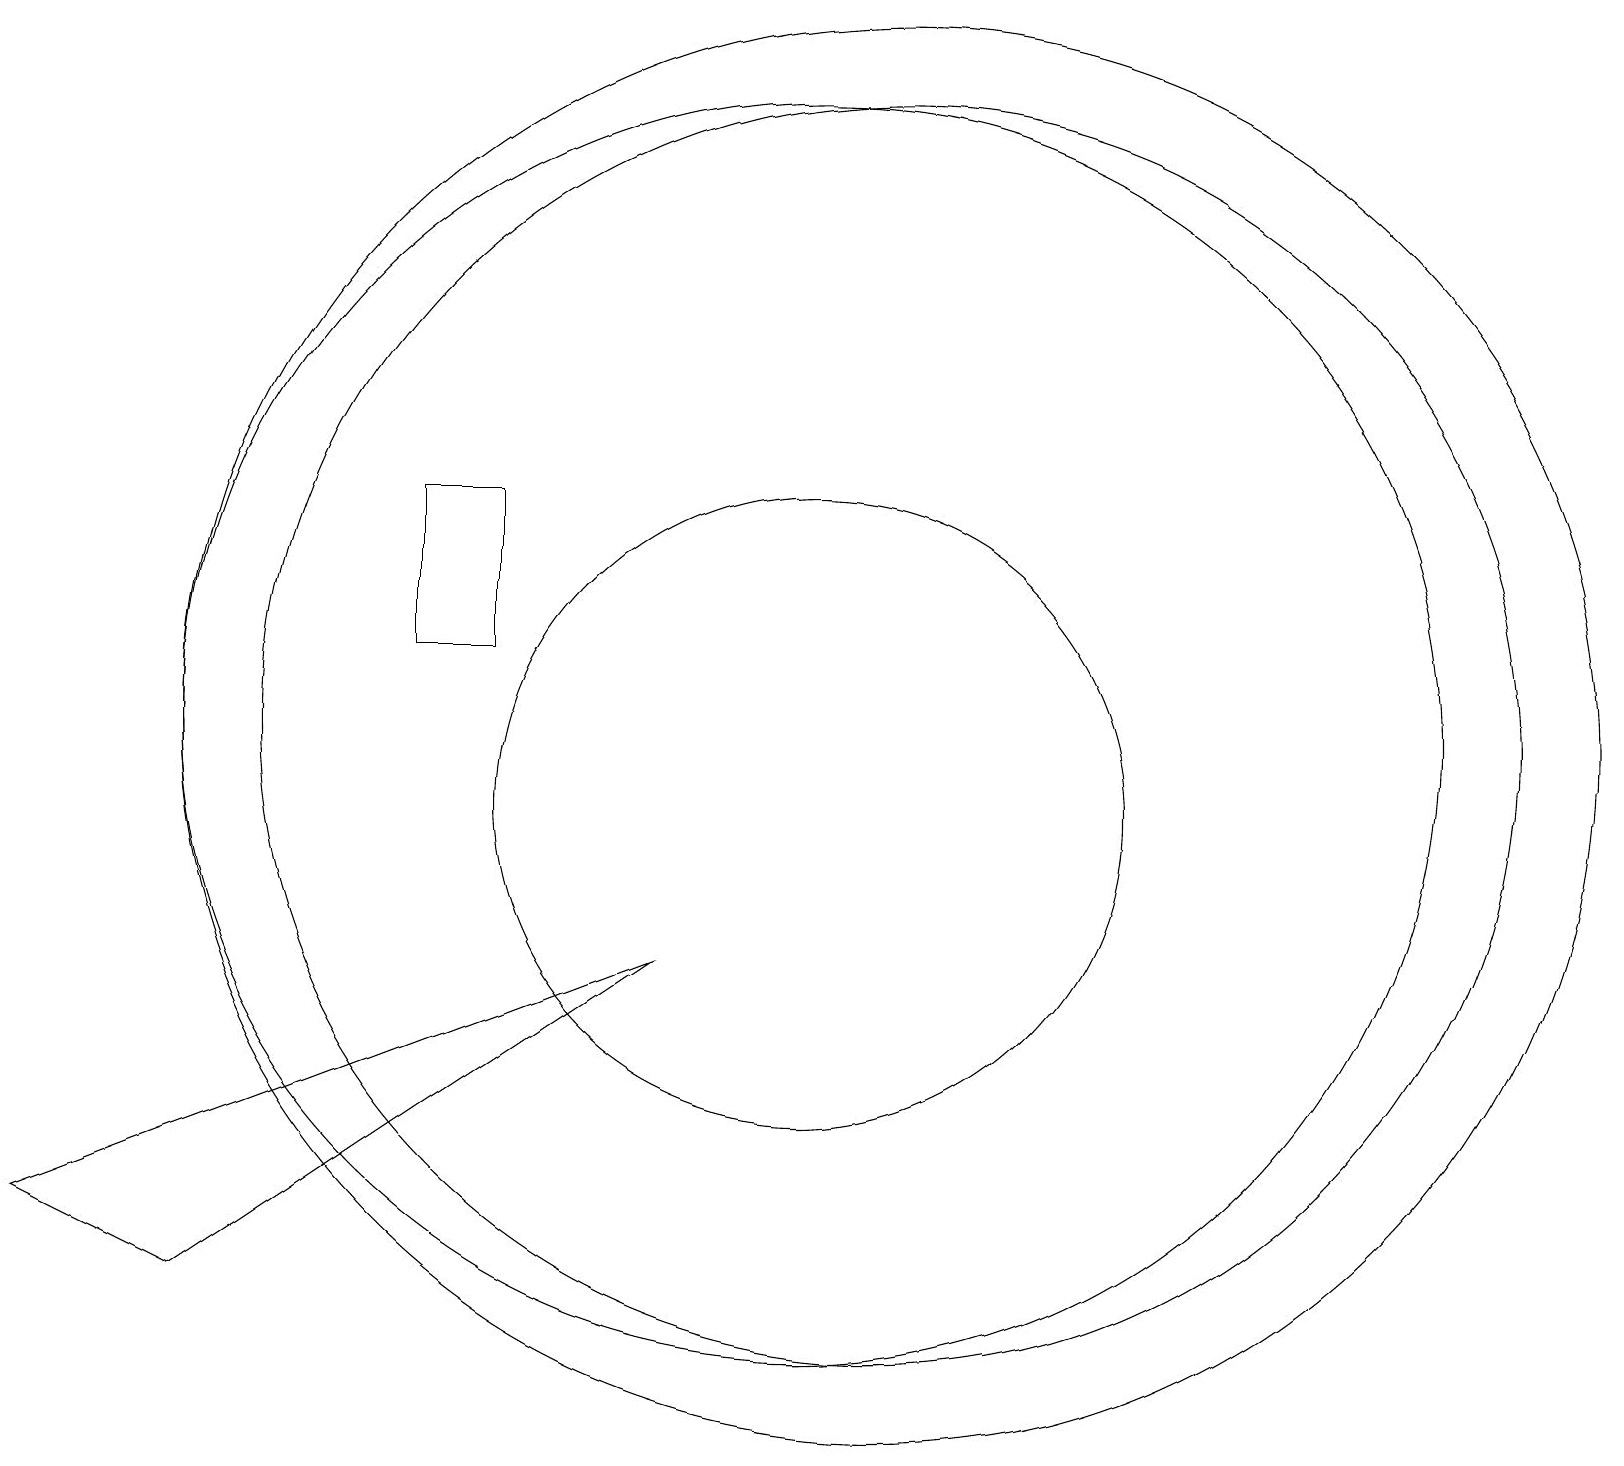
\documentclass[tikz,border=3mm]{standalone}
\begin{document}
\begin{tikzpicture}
\draw (8,8) -- (2,4) -- (0,5) -- cycle;
\draw (5,14) rectangle (6,12);
\draw (12,11) circle (0);
\draw (10,11) circle (8);
\draw (10,10) circle (4);
\draw (11,11) circle (8);
\draw (11,11) circle (9);
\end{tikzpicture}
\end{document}